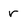
Character: r